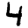
Digit: 4